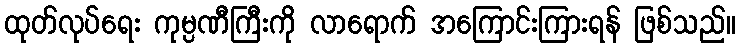
ထုတ်လုပ်ရေး ကုမ္ပဏီကြီးကို လာရောက် အကြောင်းကြားရန် ဖြစ်သည်။